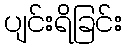
ပျင်းရိခြင်း